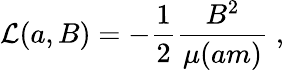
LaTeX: {\cal L}(a,B)=-\frac{1}{2}\frac{B^{2}}{\mu(am)}\; ,